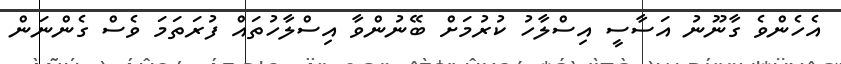
އެހެންވެ ގާނޫނު އަސާސީ އިސްލާހު ކުރުމަށް ބޭނުންވާ އިސްލާހުތައް ފުރަތަމަ ވެސް ގެންނަން